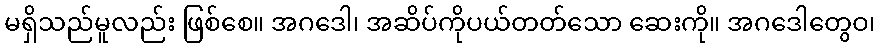
မရှိသည်မူလည်း ဖြစ်စေ။ အဂဒေါ၊ အဆိပ်ကိုပယ်တတ်သော ဆေးကို။ အဂဒေါတွေဝ၊